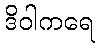
ဒိဝါကရေ